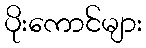
ပိုးကောင်များ